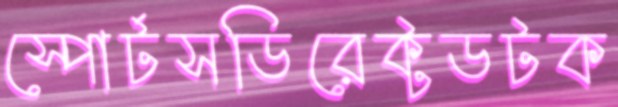
স্পোর্টসডিরেক্টডটক